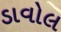
ડાવોલ